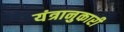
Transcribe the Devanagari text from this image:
यंत्रानुकारी